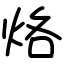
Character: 烙